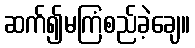
ဆက်၍မကြံစည်ခဲ့ချေ။